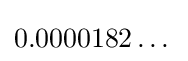
0.0000182\dots